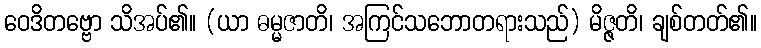
ဝေဒိတဗ္ဗော သိအပ်၏။ (ယာ ဓမ္မဇာတိ၊ အကြင်သဘောတရားသည်) မိဇ္ဇတိ၊ ချစ်တတ်၏။